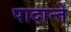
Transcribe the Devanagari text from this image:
पादान्ते